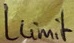
Text: Llimt